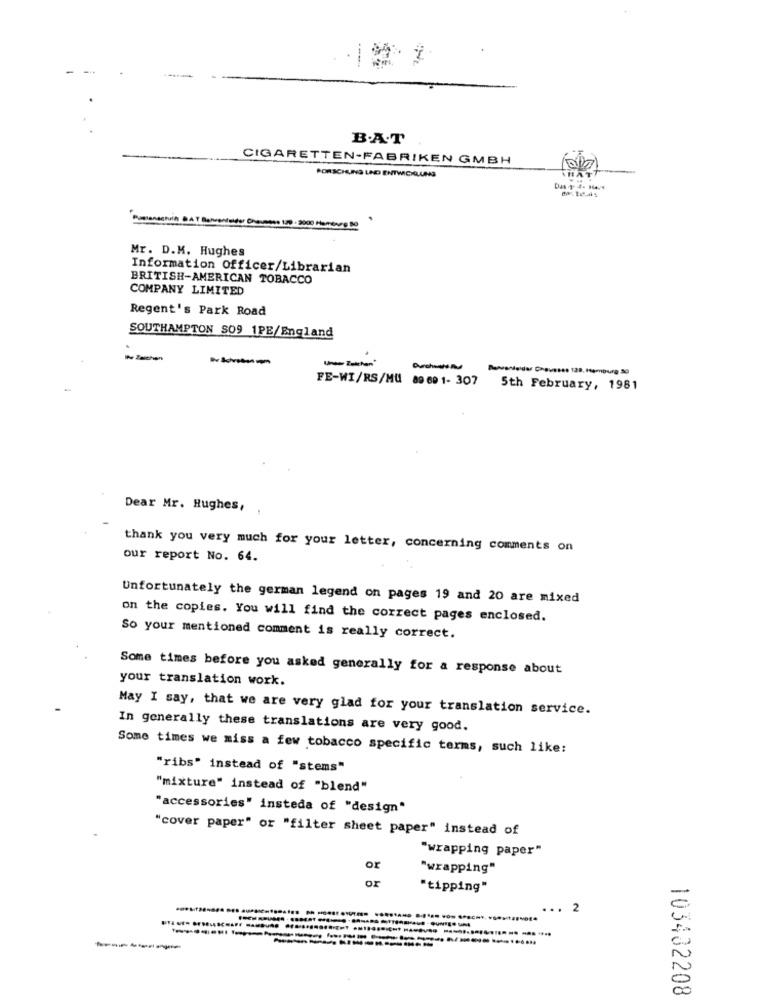
B.A.T
CIGARETTEN-FABRIKEN GMBH
THAT
PORSCHEUNG UND ENTWICKLUNG
Mr. D.M. Hughes
Information Officer/Librarian
BRITISH-AMERICAN TOBACCO
COMPANY LIMITED
Regent's Park Road
SOUTHAMPTON SO9 1PE/England
I- Zeichen
unandeldas Chausses 128, Hamburg 30
FE-WI/RS/MU 89 69 1- 307
5th February, 1981
Dear Mr. Hughes,
thank you very much for your letter, concerning comments on
our report No. 64.
Unfortunately the german legend on pages 19 and 20 are mixed
on the copies. You will find the correct pages enclosed.
So your mentioned comment is really correct.
Some times before you asked generally for a response about
your translation work.
May I say, that we are very glad for your translation service.
In generally these translations are very good.
Some times we miss a few tobacco specific terms, such like:
"ribs" instead of "stems"
"mixture" instead of "blend"
"accessories" insteda of "design"
"cover paper" or "filter sheet paper" instead of
"wrapping paper"
or
"wrapping"
or
"tipping"
-
...
2
=
v
103432208